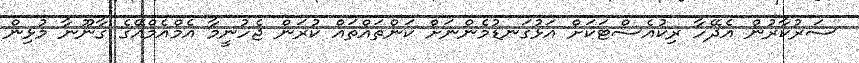
ސަރުކާރުން އެދޭހާ ރިކުއެސްޓަކަށް އަޅުގަނޑުމެންނަށް ކަންތައްތައް ކުރަން ޖެހުނީމާ އެމްއެމްއޭގެ ގާނޫނާ މުޅިން